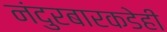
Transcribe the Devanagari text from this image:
नंदुरबारकडेही